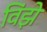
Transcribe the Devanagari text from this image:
विंझे